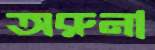
অরুনা